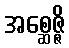
အစ္ဆေဇ္ဇိ